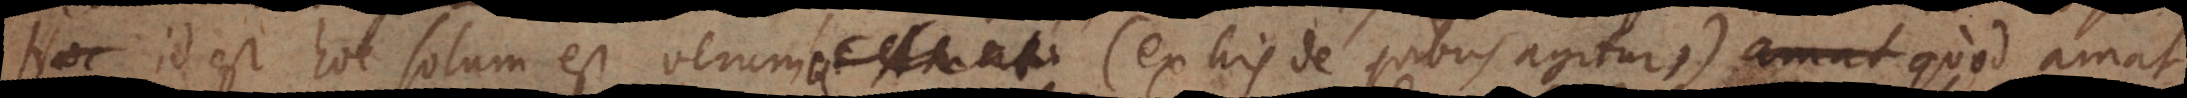
id est hoc solum est verum. Amati (ex his de quibus agitur) amat quod amat.